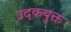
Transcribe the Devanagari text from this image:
उदकयुक्त